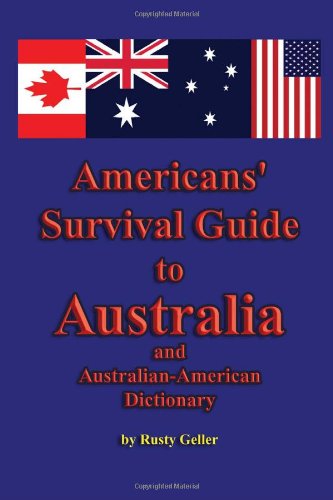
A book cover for Americans' Survival Guide to Australia and Australian-American Dictionary (Australian Languages Edition); Rusty Geller; Biographies & Memoirs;